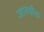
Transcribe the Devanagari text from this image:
जातयीता